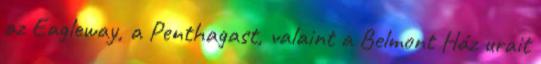
az Eagleway, a Penthagast, valaint a Belmont Ház urait